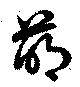
萌